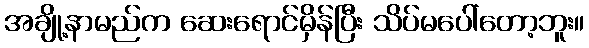
အချို့နာမည်က ဆေးရောင်မှိန်ပြီး သိပ်မပေါ်တော့ဘူး။